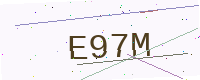
Text: E97M